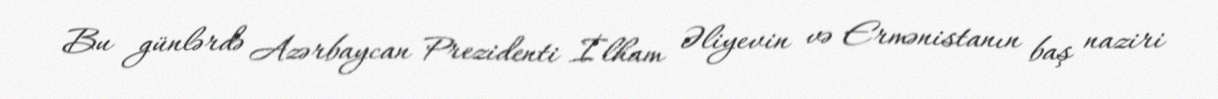
Bu günlərdə Azərbaycan Prezidenti İlham Əliyevin və Ermənistanın baş naziri